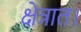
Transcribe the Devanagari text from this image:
क्षेत्रात।